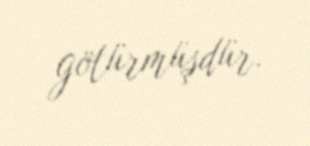
götürmüşdür.